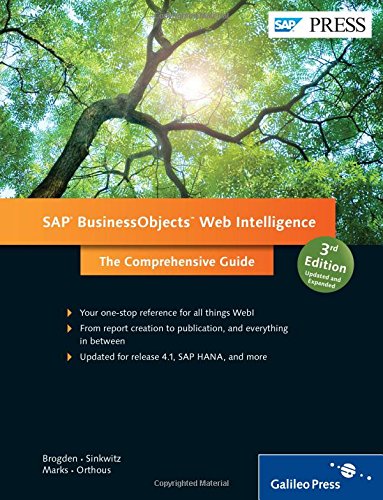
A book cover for SAP BusinessObjects Web Intelligence: BOBJ, Webi (3rd Edition); Jim Brogden; Business & Money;